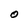
Character: O